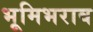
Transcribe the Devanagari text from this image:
भूमिभराव